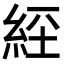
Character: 𦀇